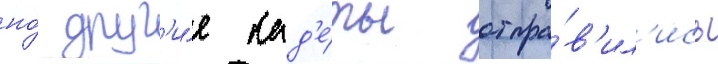
но́ друг'и́е кад'е́ты отпра́в'ил'ись